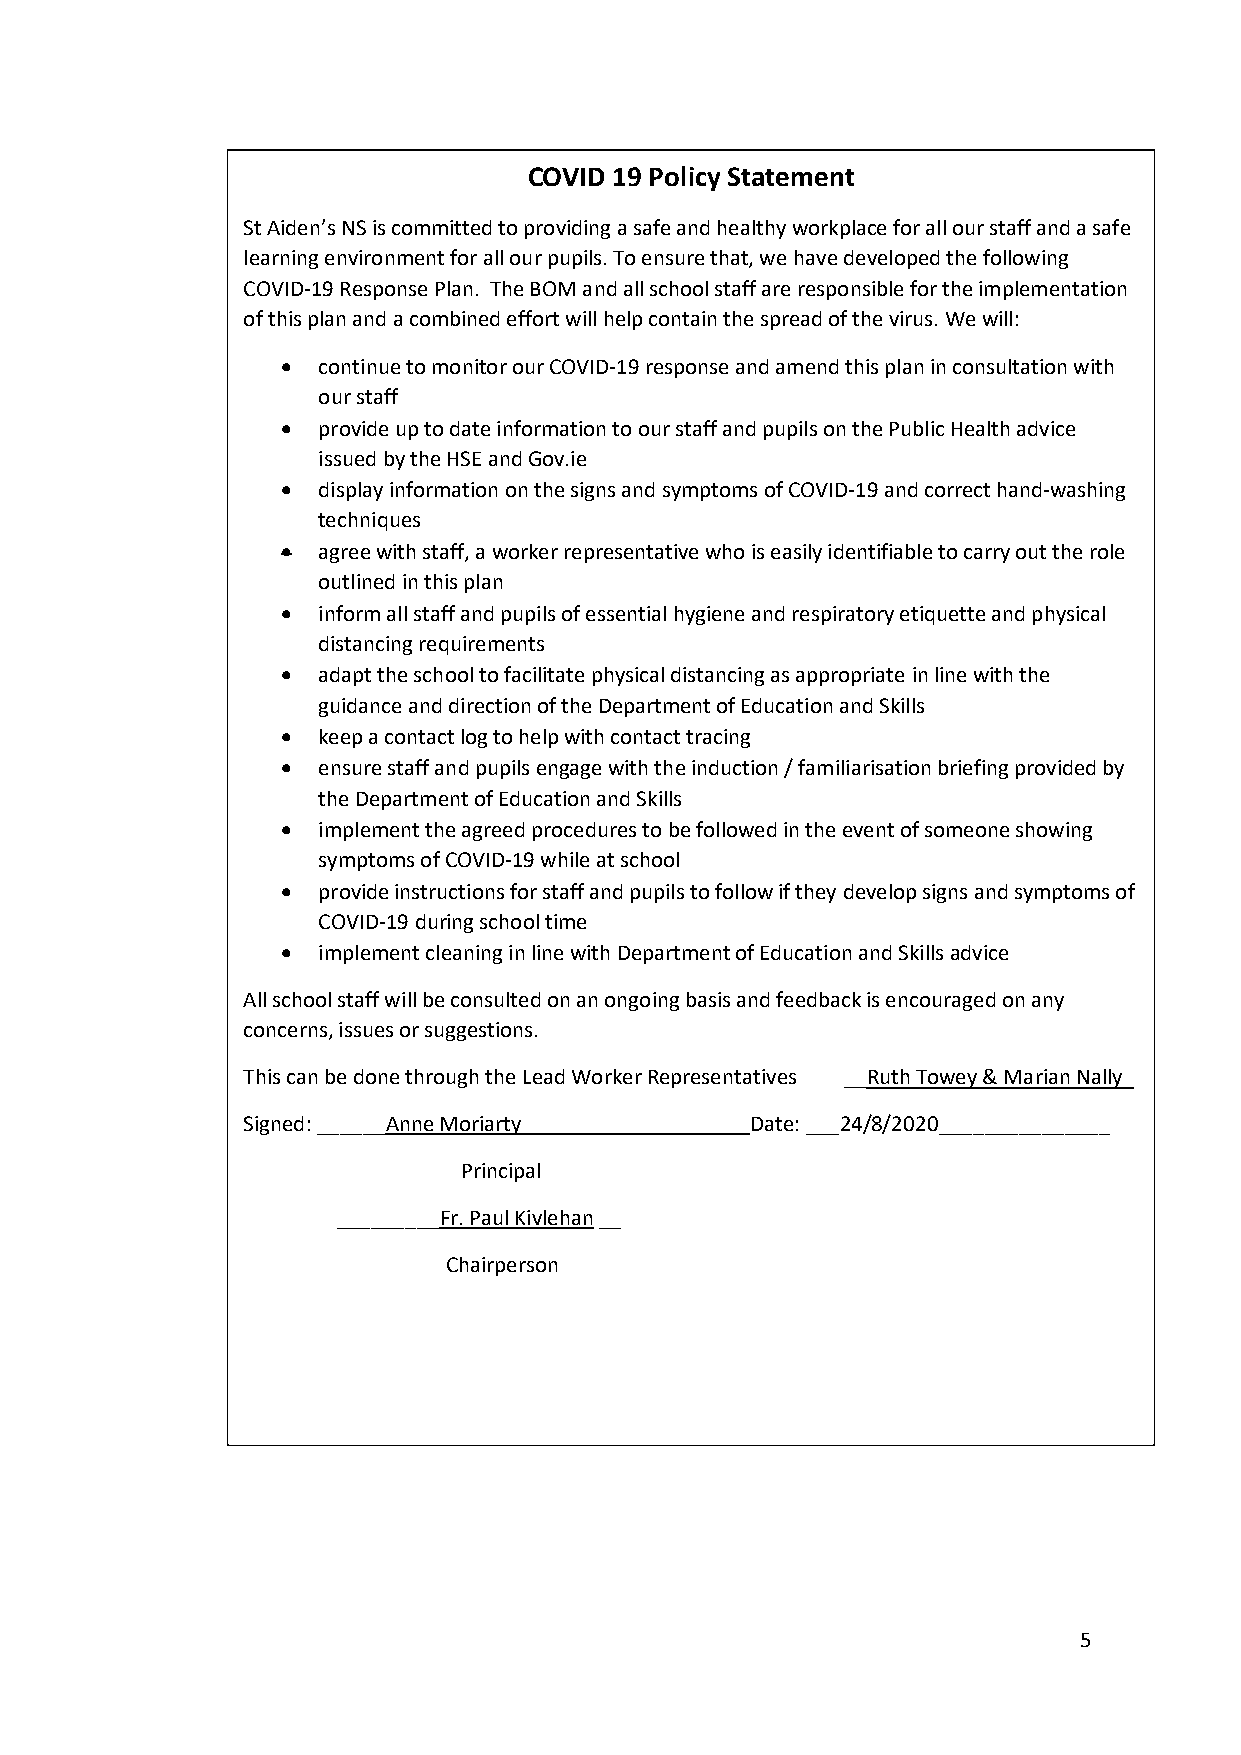
COVID 19 Policy Statement
 St Aiden’s NS is committed to providing a safe and healthy workplace for all our staff and a safe
 learning environment for all our pupils. To ensure that, we have developed the following
 COVID-19 Response Plan. The BOM and all school staff are responsible for the implementation
 of this plan and a combined effort will help contain the spread of the virus. We will:
 • continue to monitor our COVID-19 response and amend this plan in consultation with
 our staff
 • provide up to date information to our staff and pupils on the Public Health advice
 issued by the HSE and Gov.ie
 • display information on the signs and symptoms of COVID-19 and correct hand-washing
 techniques
 • agree with staff, a worker representative who is easily identifiable to carry out the role
 outlined in this plan
 • inform all staff and pupils of essential hygiene and respiratory etiquette and physical
 distancing requirements
 • adapt the school to facilitate physical distancing as appropriate in line with the
 guidance and direction of the Department of Education and Skills
 • keep a contact log to help with contact tracing
 • ensure staff and pupils engage with the induction / familiarisation briefing provided by
 the Department of Education and Skills
 • implement the agreed procedures to be followed in the event of someone showing
 symptoms of COVID-19 while at school
 • provide instructions for staff and pupils to follow if they develop signs and symptoms of
 COVID-19 during school time
 • implement cleaning in line with Department of Education and Skills advice
 All school staff will be consulted on an ongoing basis and feedback is encouraged on any
 concerns, issues or suggestions.
 This can be done through the Lead Worker Representatives __Ruth Towey & Marian Nally_
 Signed: ______Anne Moriarty____________________Date: ___24/8/2020_______________
 Principal
 _________F r. Paul Kivlehan __
 Chairperson
 5